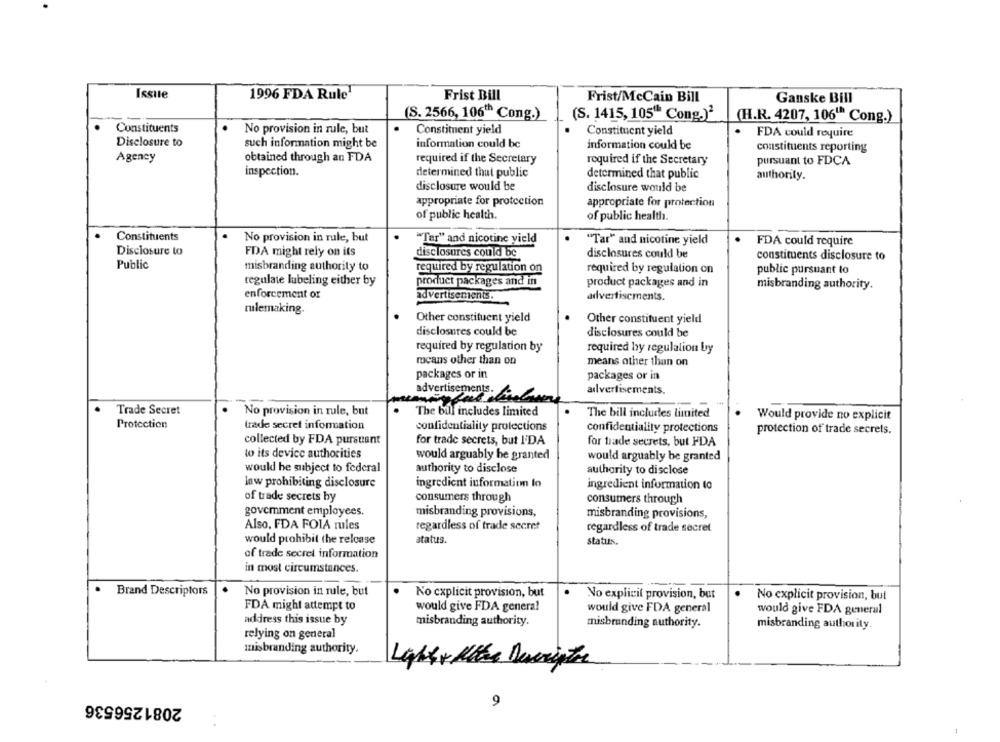
Issite
1996 FDA Rule1
Frist Bill
Frist/McCain Bill
Ganske Bill
(S. 2566, 106"h Cong.)
(S. 1415, 105" Cong.)2
(H.R. 4207, 106"" Cong.)
Constituents
No provision in rule, but
Constiment yield
Constituent yield
FDA could require
Disclosure to
such information might be
information could be
information could be
constituents reporting
Agency
obtained through an FDA
required if the Secretary
required if the Secretary
pursuant to FDCA
inspection.
determined that public
determined that public
authority.
disclosure would be
disclosure would be
appropriate for protection
appropriate for protection
of public health.
of public health.
Constituents
.
No provision in rule, but
"Tar" and nicotine yield
"Tar" and nicotine yield
FDA could require
Disclosure to
FDA might rely on its
disclosures could be
disclosures could be
constituents disclosure to
Public
misbranding authority to
required by regulation on
required by regulation on
public pursuant to
regulate labeling either by
product packages and in
product packages and in
misbranding authority.
enforcement or
advertisements.
advertisements.
mulemaking.
Other constituent yield
Other constituent yield
disclosures could be
disclosures could be
required by regulation by
required by regulation by
means other than on
means other than on
packages or in
packages or in
advertisements.
advertisements.
Trade Secret
No provision in rule, but
The bill includes limited
The bill includes limited
Would provide no explicit
Protection
trade secret information
confidentiality protections
confidentiality protections
protection of trade secrets.
collected by FDA pursuant
for trade secrets, but I'DA
for trade secrets, but FDA
to its device authorities
would arguably he granted
would arguably be granted
would be subject to federal
authority to disclose
authority to disclose
ingredient information lo
law prohibiting disclosure
ingredient information to
of trade secrets by
consumers through
consumers through
goverment employees.
misbranding provisions,
misbranding provisions,
Also, FDA FOIA rules
regardless of trade secret
regardless of trade secret
would prohibit the release
status.
Status.
of trade secret information
in most circumstances.
Brand Descriptors
No provision in rule, but
No explicit provision, but
No explicit provision, but
No explicit provision, but
FDA might attempt to
would give FDA general
would give FDA general
would give FDA general
address this issue by
misbranding authority.
misbranding authority.
misbranding authority.
relying on general
anisbranding authority.
La
Descripts
2081256536
9